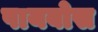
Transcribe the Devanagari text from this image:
पायबोस